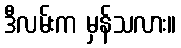
ဒီလမ်းက မှန်သလား။